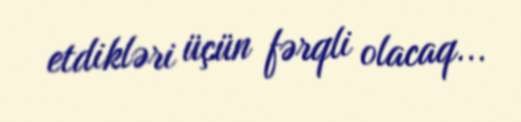
etdikləri üçün fərqli olacaq...